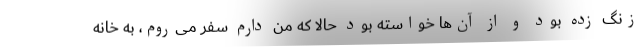
زنگ زده بود و از آن‌ها خواسته بود حالا که من دارم سفر می‌روم، به خانه